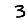
Digit: 3